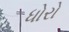
ધોરો